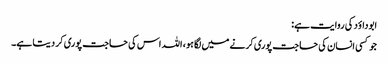
ابوداؤد کی روایت ہے:
جو کسی انسان کی حاجت پوری کرنے میں لگا ہو، اللہ اس کی حاجت پوری کر دیتا ہے۔